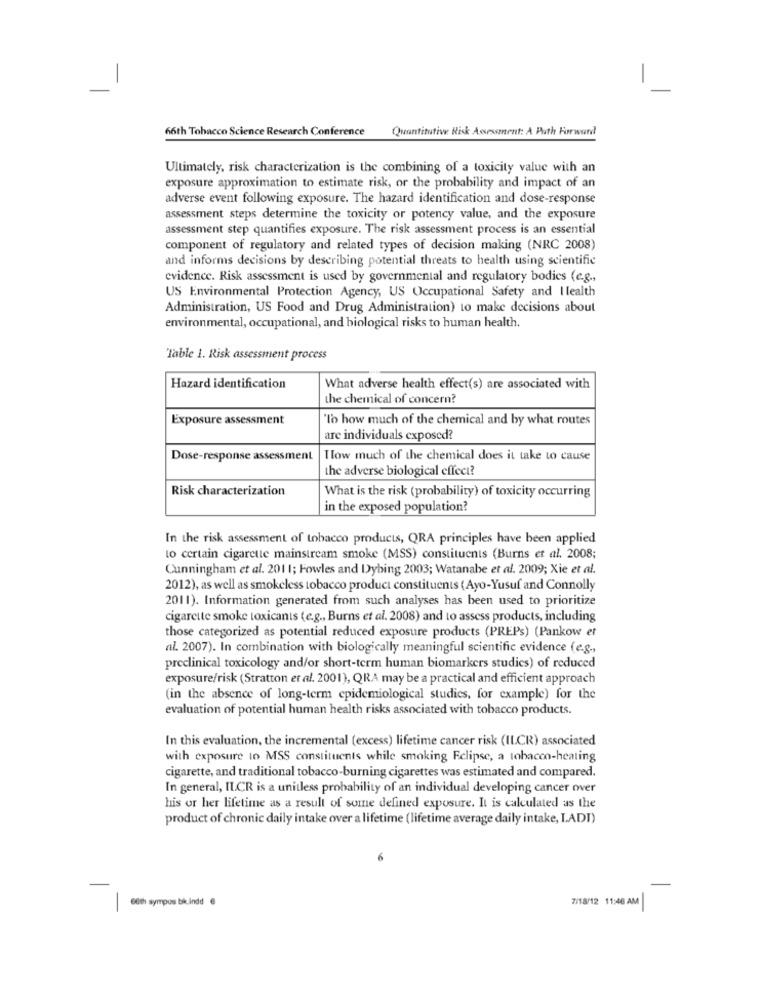
66th Tobacco Science Research Conference Quantitative Risk Assessment: A Path Forward
Ultimately, risk characterization is the combining of a toxicity value with an
exposure approximation to estimate risk, or the probability and impact of an
adverse event following exposure. The hazard identification and dose-response
assessment steps determine the toxicity or potency value, and the exposure
assessment step quantifies exposure. The risk assessment process is an essential
component of regulatory and related types of decision making (NRC 2008)
and informs decisions by describing potential threats to health using scientific
evidence. Risk assessment is used by governmental and regulatory bodies (e.g .,
US Environmental Protection Agency, US Occupational Safety and I lealth
Administration, US Food and Drug Administration) to make decisions about
environmental, occupational, and biological risks to human health.
Table 1. Risk assessment process
Hazard identification
What adverse health effect(s) are associated with
the chemical of concern?
Exposure assessment
'l'o how much of the chemical and by what routes
are individuals exposed?
Dose-response assessment
Tlow much of the chemical does it take to cause
the adverse biological effect?
Risk characterization
What is the risk (probability) of toxicity occurring
in the exposed population?
In the risk assessment of tobacco products, QRA principles have been applied
to certain cigarette mainstream smoke (MSS) constituents (Burns et al. 2008;
Cunningham et al. 201 1; Fowles and Dybing 2003; Watanabe et al. 2009; Xie et al.
2012), as well as smokeless tobacco product constituents (Ayo-Yusuf and Connolly
2011). Information generated from such analyses has been used to prioritize
cigarette smoke toxicants (e.g ., Burns et al. 2008) and to assess products, including
those categorized as potential reduced exposure products (PREPs) (Pankow et
al. 2007). In combination with biologically meaningful scientific evidence (e.g .,
preclinical toxicology and/or short-term human biomarkers studies) of reduced
exposure/risk (Stratton et al. 2001), QRA may be a practical and efficient approach
(in the absence of long-term epidemiological studies, for example) for the
evaluation of potential human health risks associated with tobacco products.
In this evaluation, the incremental (excess) lifetime cancer risk (ILCR) associated
with exposure to MSS constituents while smoking Eclipse, a tobacon-heating
cigarette, and traditional tobacco-burning cigarettes was estimated and compared.
In general, ILCR is a unitless probability of an individual developing cancer over
his or her lifetime as a result of some defined exposure. It is calculated as the
product of chronic daily intake over a lifetime (lifetime average daily intake, I.ADI)
7/18/12 11:46 AM
6th sympos bikindd 6